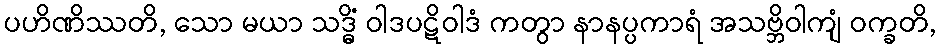
ပဟိဏိဿတိ, သော မယာ သဒ္ဓိံ ဝါဒပဋိဝါဒံ ကတွာ နာနပ္ပကာရံ အသဗ္ဘိဝါကျံ ဝက္ခတိ,